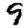
Digit: 9